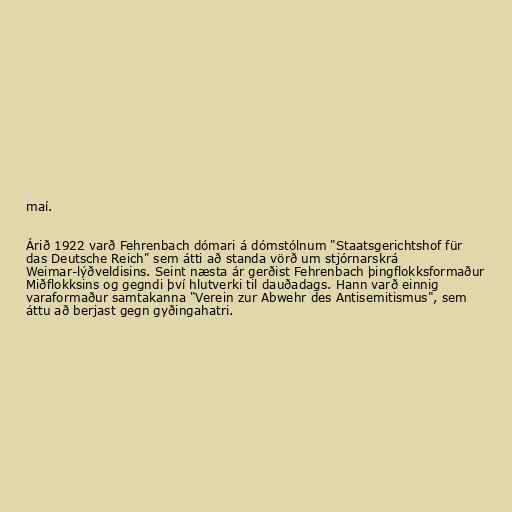
maí.

Árið 1922 varð Fehrenbach dómari á dómstólnum "Staatsgerichtshof für
das Deutsche Reich" sem átti að standa vörð um stjórnarskrá
Weimar-lýðveldisins. Seint næsta ár gerðist Fehrenbach þingflokksformaður
Miðflokksins og gegndi því hlutverki til dauðadags. Hann varð einnig
varaformaður samtakanna "Verein zur Abwehr des Antisemitismus", sem
áttu að berjast gegn gyðingahatri.